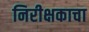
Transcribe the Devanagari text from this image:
निरीक्षकाचा